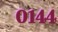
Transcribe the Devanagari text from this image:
०१४४